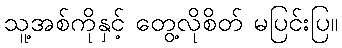
သူ့အစ်ကိုနှင့် တွေ့လိုစိတ် မပြင်းပြ။